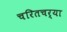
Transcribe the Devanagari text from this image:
चरितचर्या